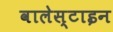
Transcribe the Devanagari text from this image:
वालेस्टाइन